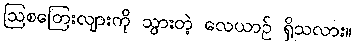
ဩစတြေးလျားကို သွားတဲ့ လေယာဉ် ရှိသလား။